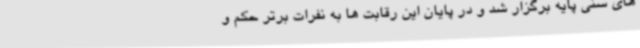
های سنی پایه برگزار شد و در پایان این رقابت ها به نفرات برتر حکم و